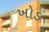
ખોડ